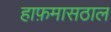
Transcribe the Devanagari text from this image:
हाफ़मासठाल